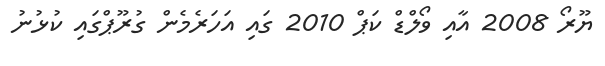
ޔޫރޯ 2008 އާއި ވޯލްޑް ކަޕް 2010 ގައި އަހަރެމެން ގުރޫޕްގައި ކުޅުނު